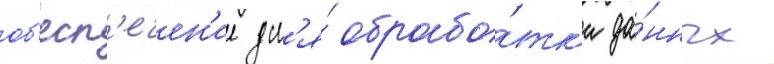
об'есп'ечен'ие дл'я́ обрабо́тк'и да́нных